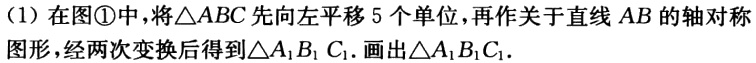
(1) 在图\textcircled{1}中，将\(\triangle ABC\)先向左平移\(5\)个单位，再作关于直线 \(AB\) 的轴对称图形，经两次变换后得到\(\triangle A_{1}B_{1}C_{1}\). 画出\(\triangle A_{1}B_{1}C_{1}\).